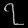
Digit: ၇